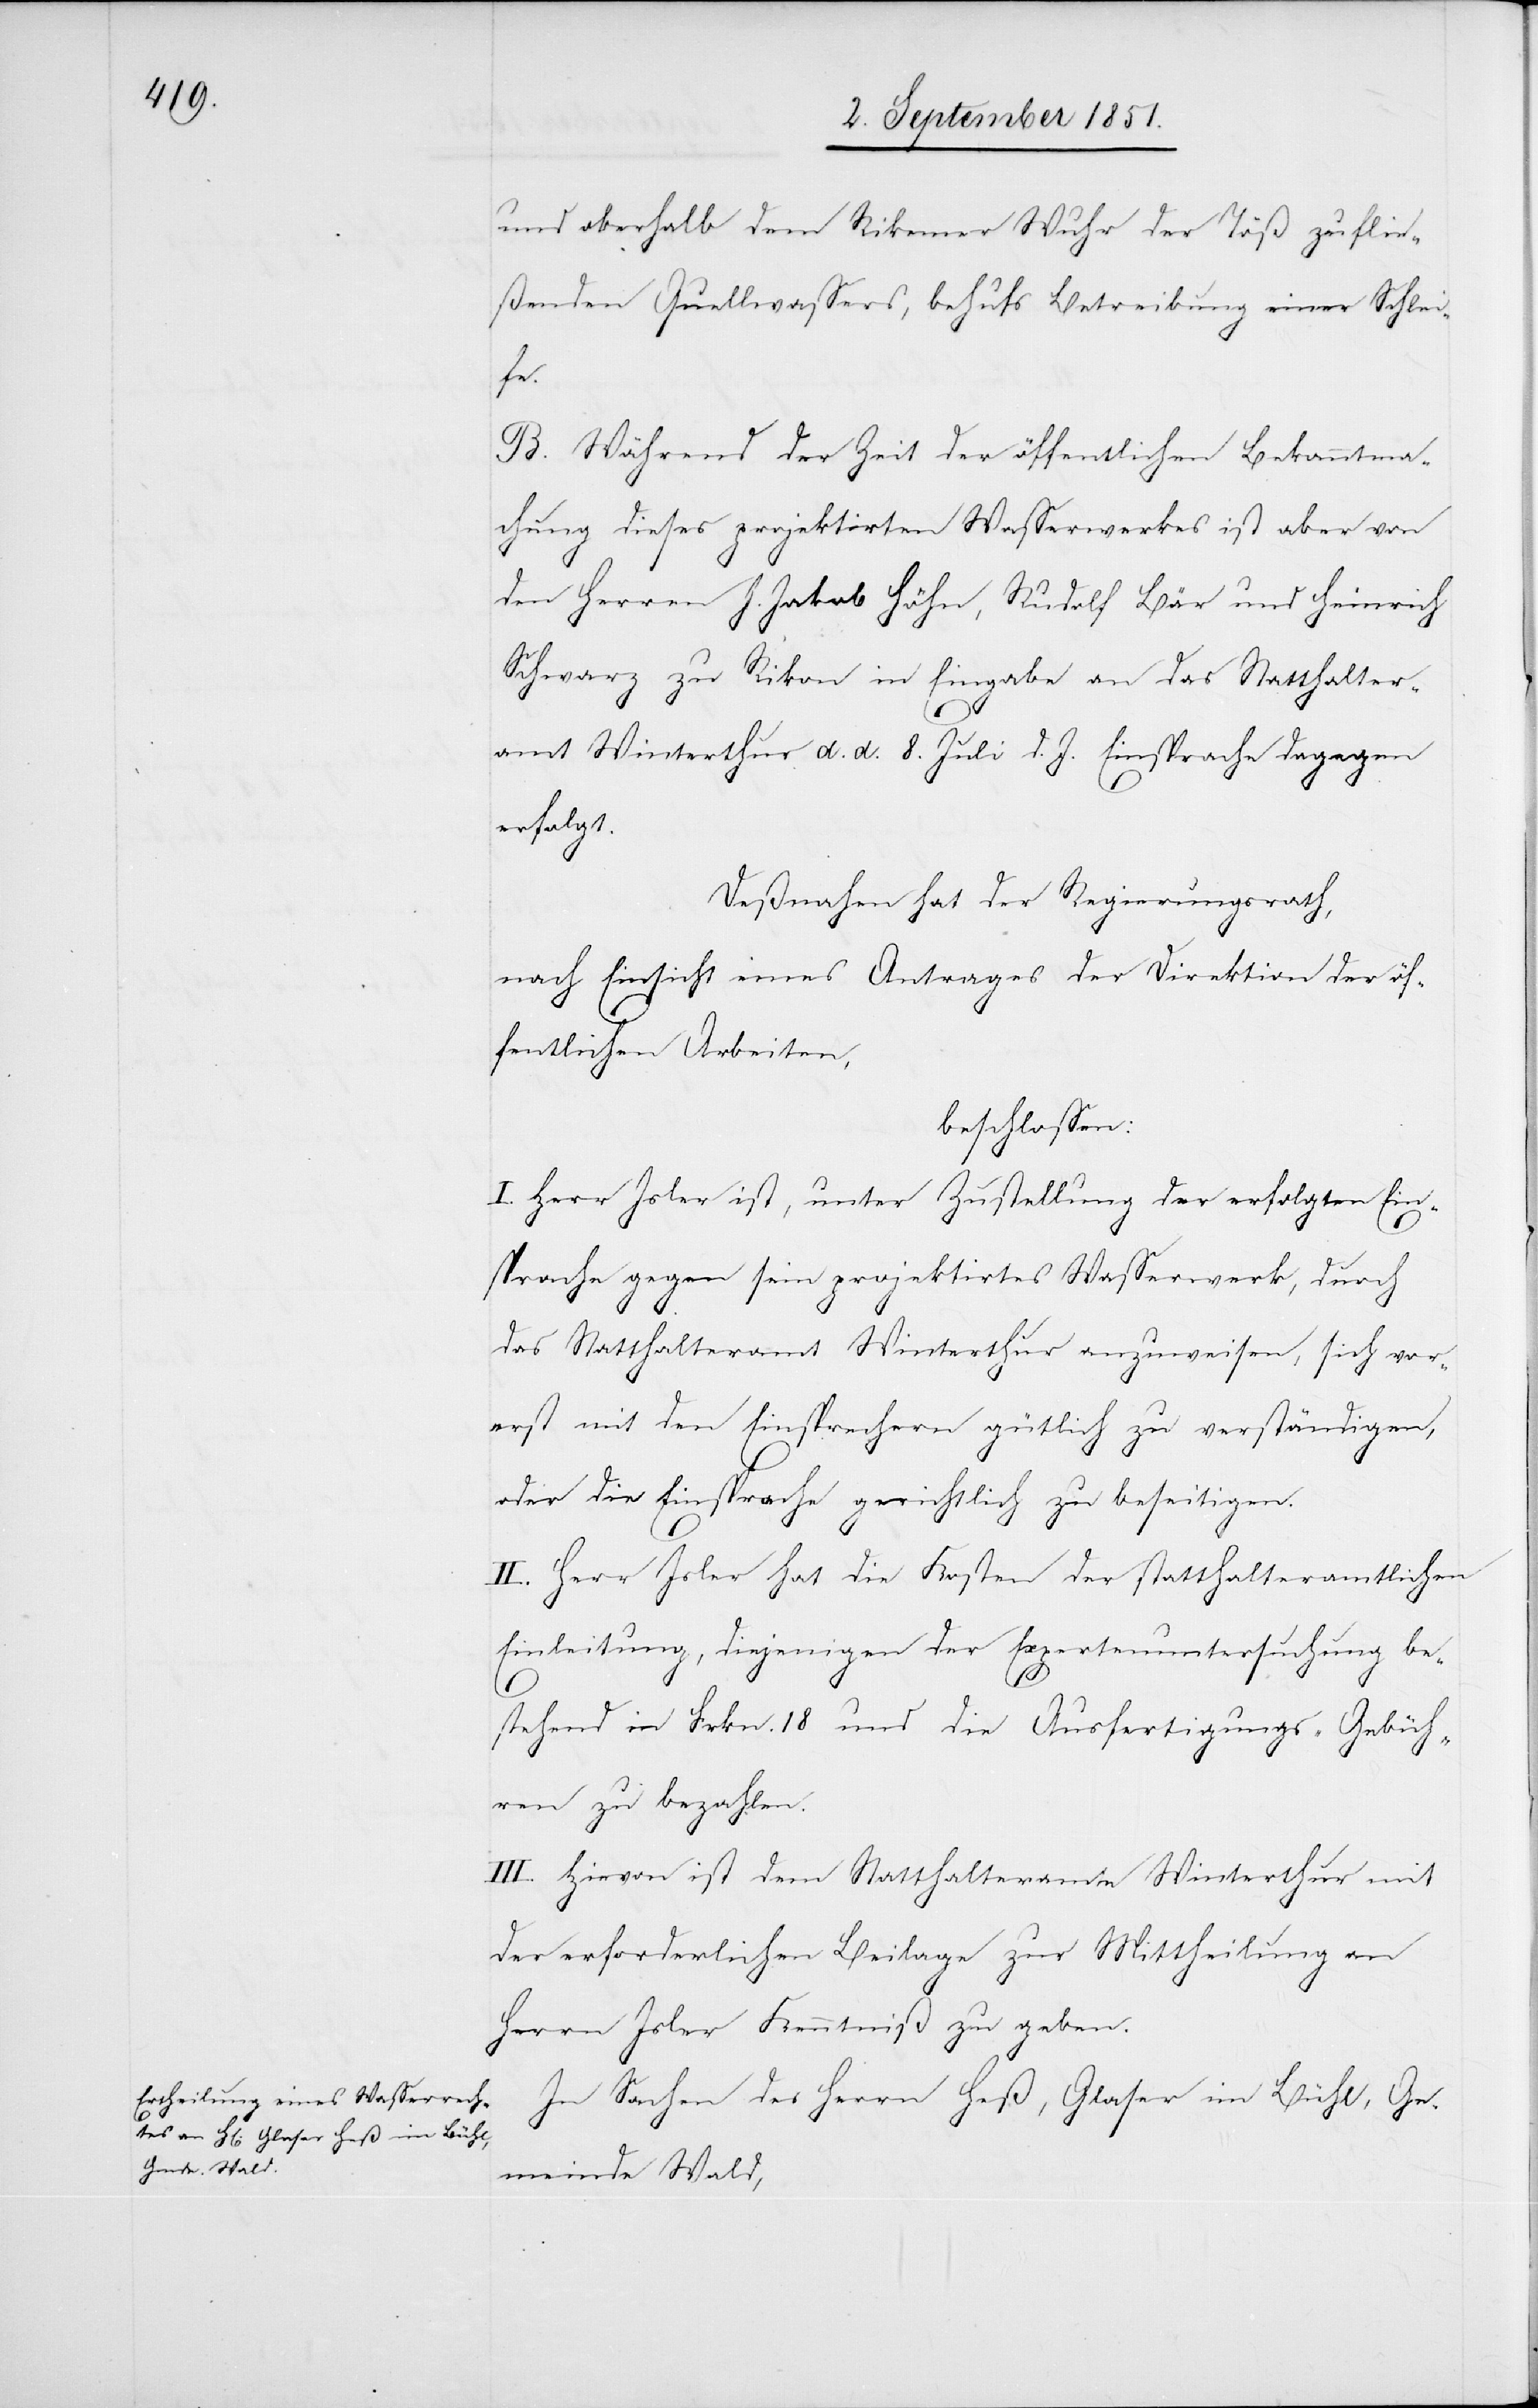
und oberhalb dem Rikemer Wuhr der Töß zuflie¬
ßenden Quellwassers, behufs Betreibung einer Schlei¬
fe.
B. Während der Zeit der öffentlichen Bekanntma¬
chung dieses projektirten Wasserwerkes ist aber von
den Herren J. Jakob Höhn, Rudolf Bär und Heinrich
Schwarz zu Rikon in Eingabe an das Statthalter¬
amt Winterthur d. d. 8. Juli d. J. Einsprache dagegen
erfolgt.
Deßnahen hat der Regierungsrath,
nach Einsicht eines Antrages der Direktion der öf¬
fentlichen Arbeiten,
beschlossen:
I. Herr Isler ist, unter Zustellung der erfolgten Ein¬
sprache gegen sein projektirtes Wasserwerk, durch
das Statthalteramt Winterthur anzuweisen, sich vor¬
erst mit den Einsprechern gütlich zu verständigen,
oder die Einsprache gerichtlich zu beseitigen.
II. Herr Isler hat die Kosten der statthalteramtlichen
Einleitung, diejenigen der Expertenuntersuchung be¬
stehend in Frkn. 18 und die Ausfertigungs-Gebüh¬
ren zu bezahlen.
III. Hievon ist dem Statthalteramte Winterthur mit
der erforderlichen Beilage zur Mittheilung an
Herrn Isler Kenntniß zu geben.
In Sachen des Herrn Heß, Glaser im Bühl, Ge¬
meinde Wald,